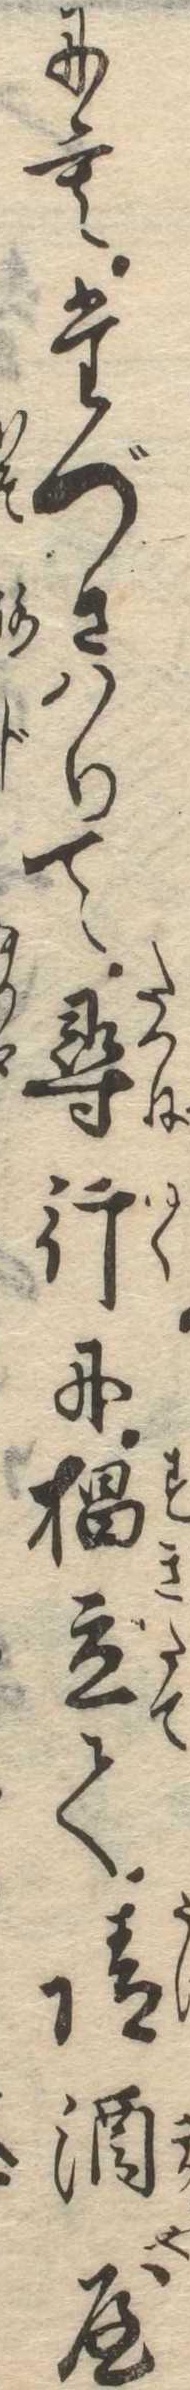
にもたづさはりて尋行に杉立て請酒屋